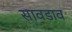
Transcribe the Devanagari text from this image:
सावडाव